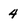
Character: 4